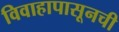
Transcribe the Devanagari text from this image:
विवाहापासूनची